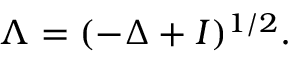
\Lambda = ( - \Delta + I ) ^ { 1 / 2 } .